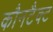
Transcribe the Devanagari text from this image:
कौनटैक्ट